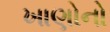
ખાણોનો